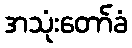
အသုံးတော်ခံ